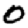
Digit: 0